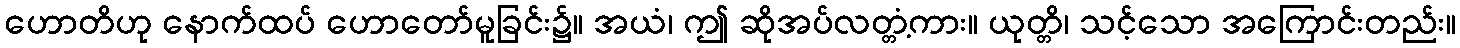
ဟောတိဟု နောက်ထပ် ဟောတော်မူခြင်း၌။ အယံ၊ ဤ ဆိုအပ်လတ္တံ့ကား။ ယုတ္တိ၊ သင့်သော အကြောင်းတည်း။